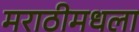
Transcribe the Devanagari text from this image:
मराठीमधला